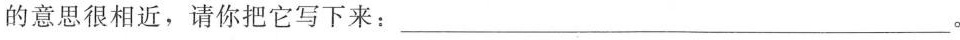
的意思很相近，请你把它写下来:___。